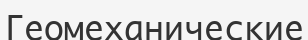
Геомеханические